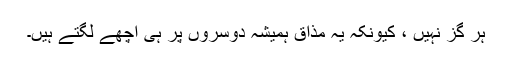
ہر گز نہیں ، کیونکہ یہ مذاق ہمیشہ دوسروں پر ہی اچھے لگتے ہیں۔